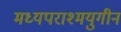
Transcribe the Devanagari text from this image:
मध्यपराश्मयुगीन